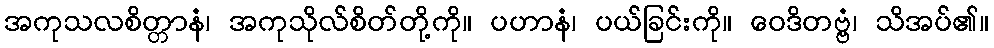
အကုသလစိတ္တာနံ၊ အကုသိုလ်စိတ်တို့ကို။ ပဟာနံ၊ ပယ်ခြင်းကို။ ဝေဒိတဗ္ဗံ၊ သိအပ်၏။